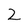
Character: 2